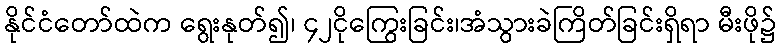
နိုင်ငံတော်ထဲက ရွေးနုတ်၍၊ ၄၂ငိုကြွေးခြင်း၊အံသွားခဲကြိတ်ခြင်းရှိရာ မီးဖို၌